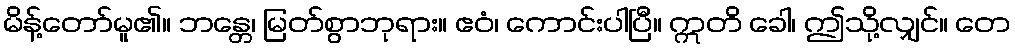
မိန့်တော်မူ၏။ ဘန္တေ၊ မြတ်စွာဘုရား။ ဧဝံ၊ ကောင်းပါပြီ။ ဣတိ ခေါ၊ ဤသို့လျှင်။ တေ